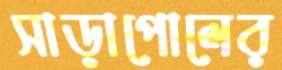
সাড়াপোলের